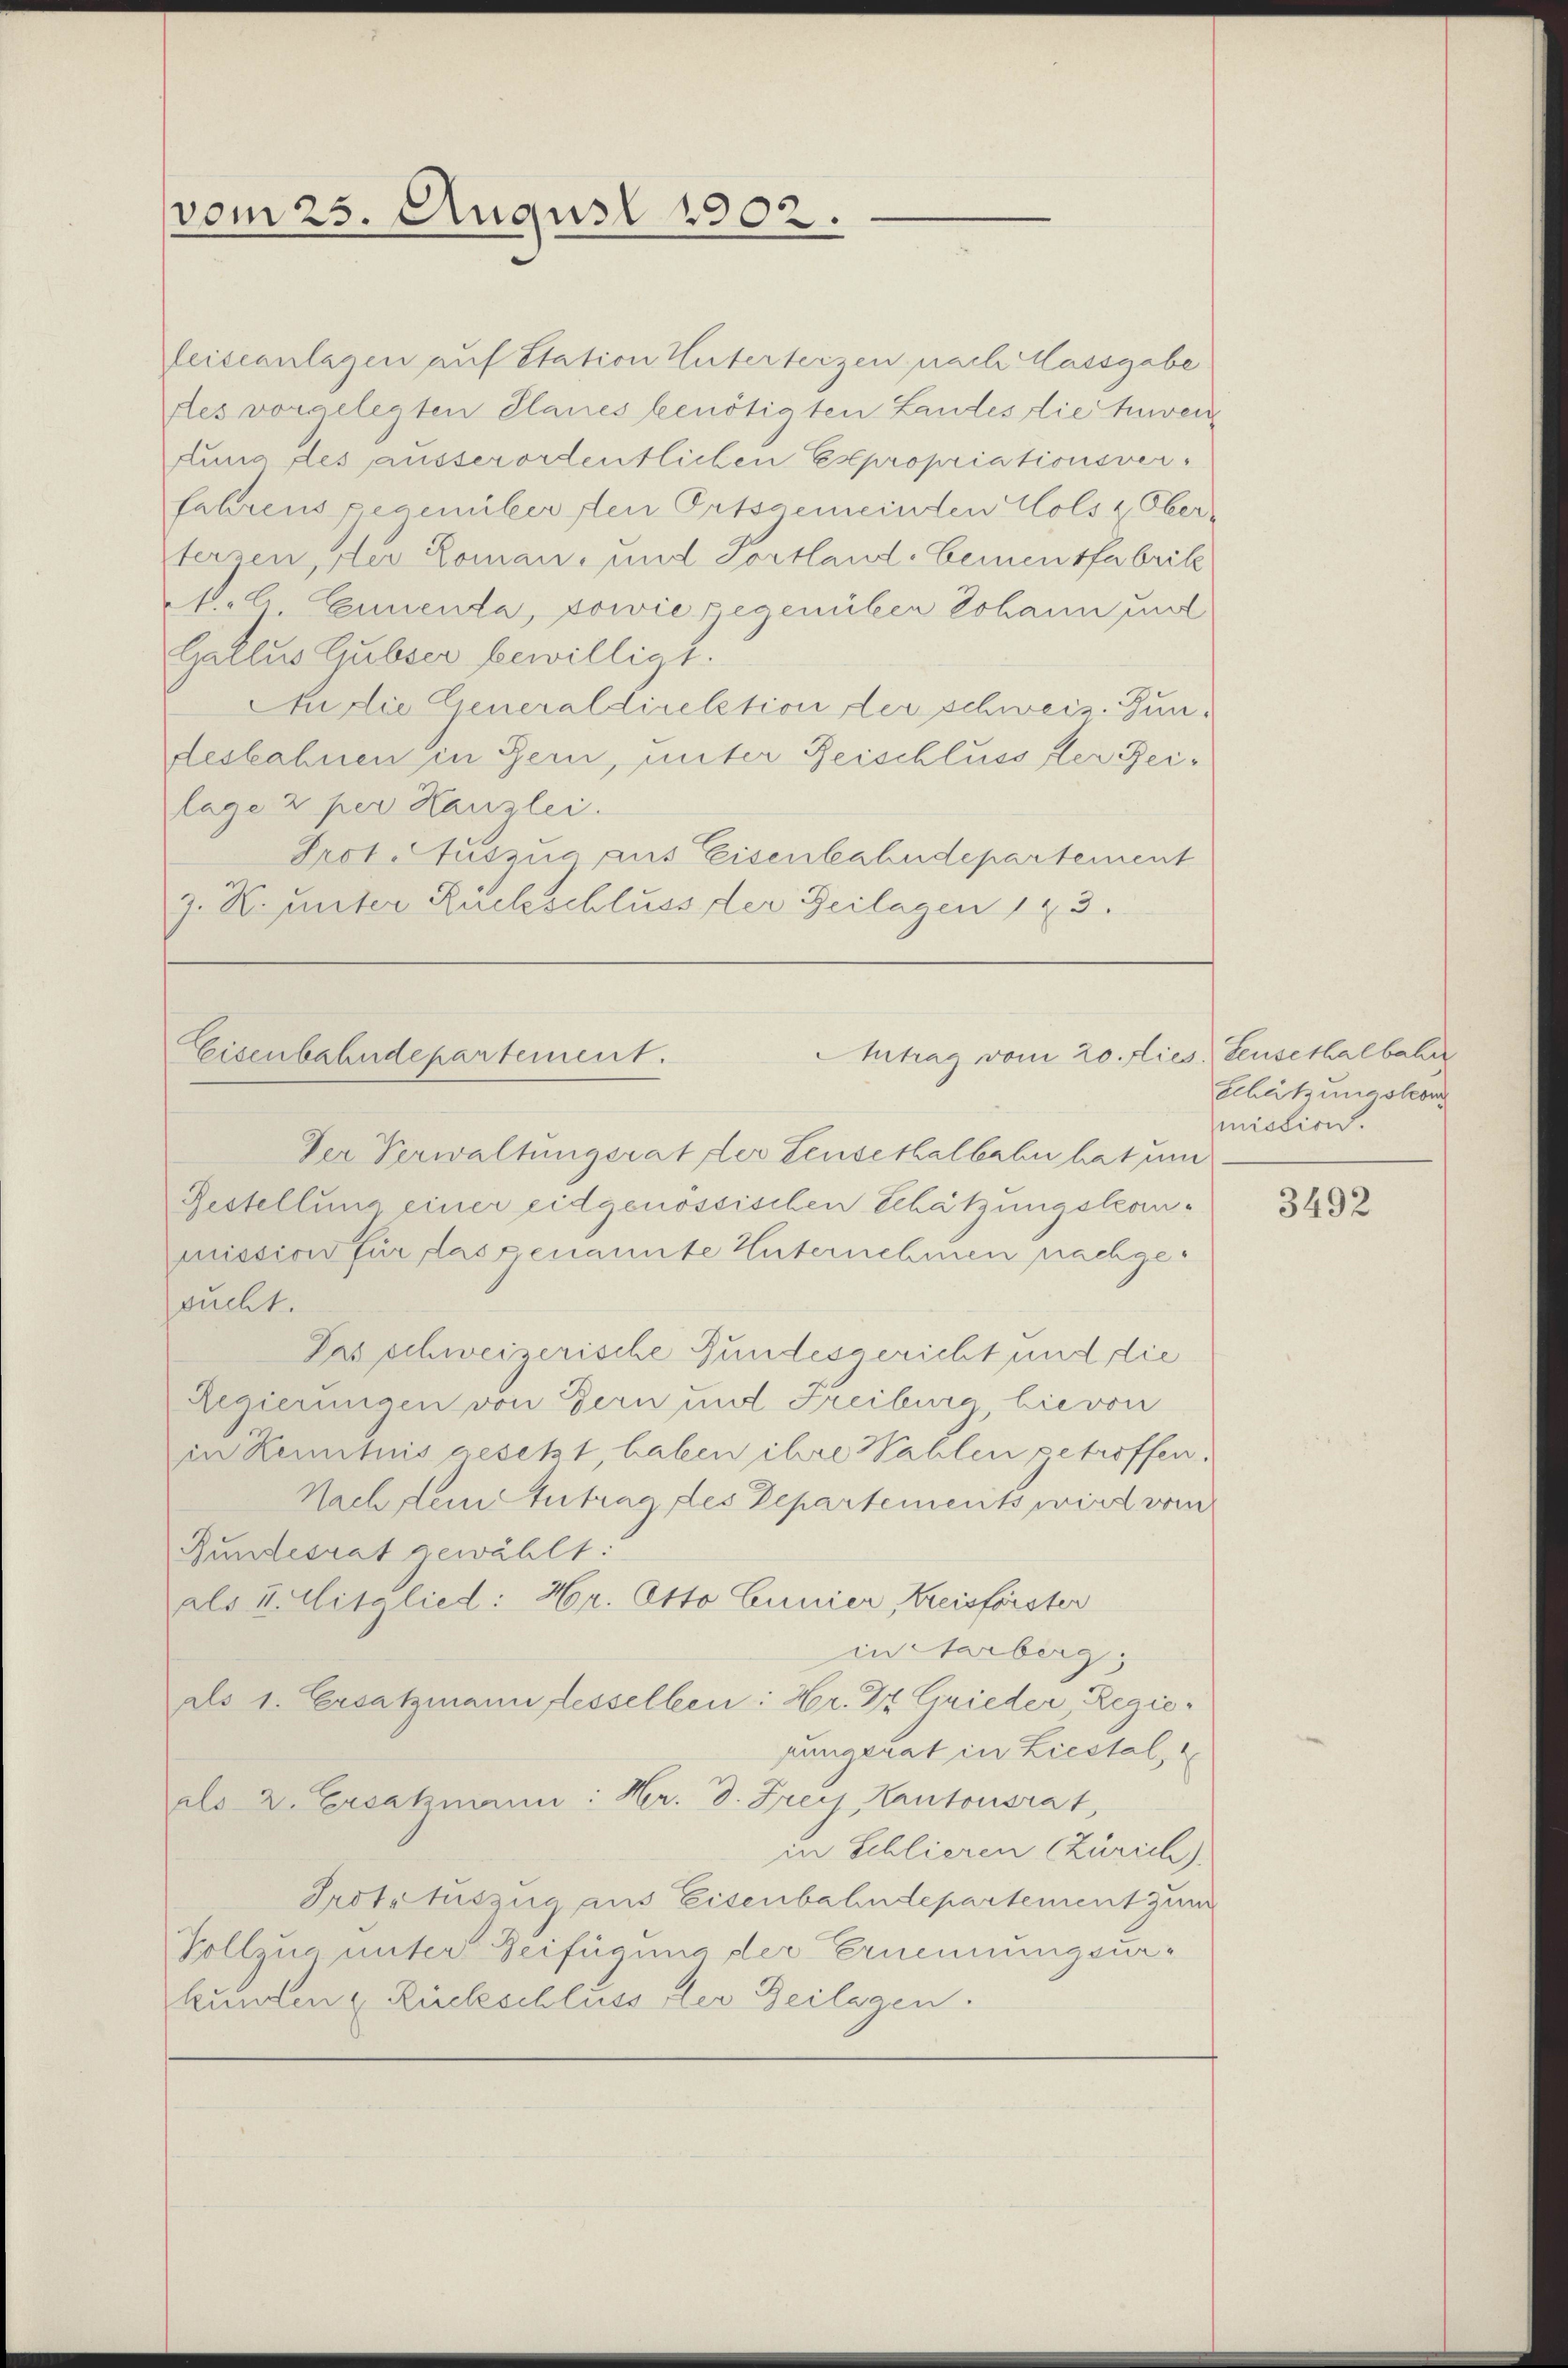
vom 25. August 1802.

Zeiseanlagen auf Station Huterterzen nach Massgabe
des vorgelegten Planes benötigten Landes die Zuwen
fung des ausserordentlichen Expropriationsver-
fahrens gegenüber den Ortsgemeinden Cols & Ober-
terzen, der Loman, und Portland. Cemensfabrik
M. A. Cunenta, sowie gegenüber Johann und
Gallus Gubser bewilligt.
An die Generaldirektion der schweiz. Jundesbahnen in Bern, unter Reischluss der Reilage 2 per Kanzlei.
Prot. Auszug aus Eisenbahndepartement
z. R. unter Rückschluss der Zeilagen 143.

Antrag vom 20. dies
Eisenbahndepartement.

Der Verwaltungsrat der Leusethalbahn hat um
Restellung einer eidgenössischen Schätzungskommission für das genannte Unternehmen nachgesucht.
Pas schweizerische Fundesgericht und die
Regierungen von Bern und Freiburg hievon
in Kenntnis gesetzt, haben ihre Wahlen getroffen.
Nach dem Zutrag des Departements wird vom
Bundesrat gewählt:
als u. Mitglied: Hr. Otto Cunier, Kreisförster
in Aarberg,
als 1. Ersatzmann fesselben: Hr. Dr. Grieder, Regiezungerat in Liestal,
dls 2. Ersatzmann: Hr. d. Frey, Kantonsrat,
in Schlieren (Zürich).
Irstatuszug aus Eisenbahndepartement zum
Vollzug unter Beifügung der Ernennungsurkunden u. Rückschluss der Beilagen.

Leusethalbahn
Schätzungskong
mission.

3492